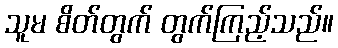
သူမ စိတ်တွက် တွက်ကြည့်သည်။